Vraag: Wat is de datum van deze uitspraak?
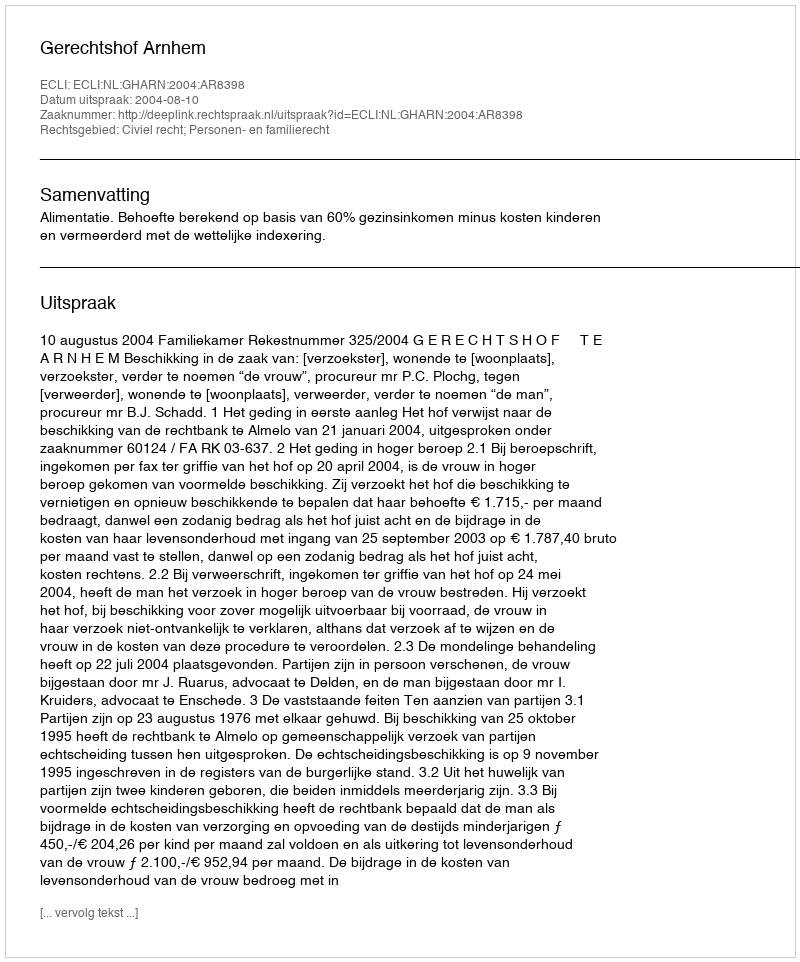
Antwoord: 2004-08-10